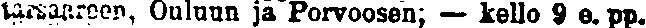
tarsaareen, Ouluun ja Porvooseen; — kello 9 e. pp.